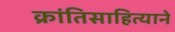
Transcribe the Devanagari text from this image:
क्रांतिसाहित्याने